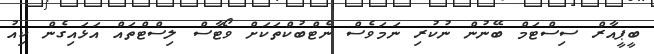
ބީޕީއާރް ސިސްޓަމް ބޭނުން ނުކުރި ނަމަވެސް ނެޓްބުކްތަކަށް ވޯޓާސް ލިސްޓްތައް އަޅައިގެން ކިއު